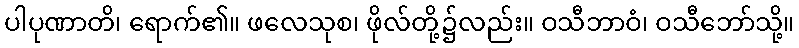
ပါပုဏာတိ၊ ရောက်၏။ ဖလေသုစ၊ ဖိုလ်တို့၌လည်း။ ဝသီဘာဝံ၊ ဝသီဘော်သို့။